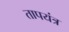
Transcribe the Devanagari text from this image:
तापयंत्र